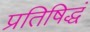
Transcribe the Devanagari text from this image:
प्रतिषिद्धं